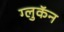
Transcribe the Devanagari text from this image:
ग्लुकॅन